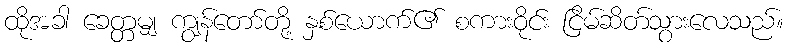
ထိုအခါ ခေတ္တမျှ ကျွန်တော်တို့ နှစ်ယောက်၏ စကားဝိုင်း ငြိမ်ဆိတ်သွားလေသည်။